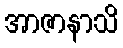
အာဇာနာသိ